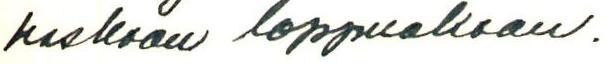
koskaan loppuakaan.